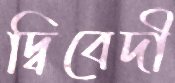
দ্বিবেদী